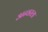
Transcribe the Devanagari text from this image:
अन्वरला